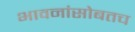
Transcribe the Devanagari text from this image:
भावनांसोबतच